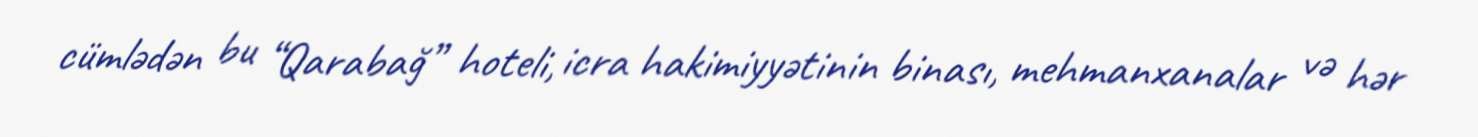
cümlədən bu “Qarabağ” hoteli, icra hakimiyyətinin binası, mehmanxanalar və hər